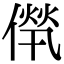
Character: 𠌻